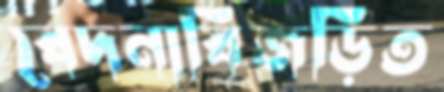
বেদনাবিজড়িত